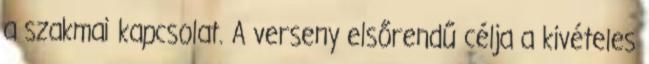
a szakmai kapcsolat. A verseny elsőrendű célja a kivételes